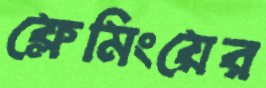
ফ্লেমিংয়ের